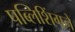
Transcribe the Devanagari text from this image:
पब्लिशिंगने